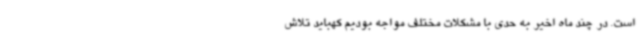
است. در چند ماه اخیر به حدی با مشکلات مختلف مواجه بودیم کهباید تلاش